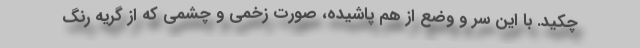
چکید. با این سر و وضع از هم پاشیده، صورت زخمی و چشمی که از گریه رنگ